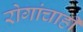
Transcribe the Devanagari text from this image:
रोगांचाही